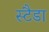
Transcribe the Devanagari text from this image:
स्टैडा